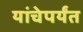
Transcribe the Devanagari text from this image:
यांचेपर्यंत